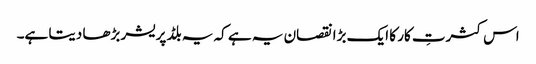
اس کثرتِ کار کا ایک بڑا نقصان یہ ہے کہ یہ بلڈ پریشر بڑھا دیتا ہے۔